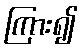
ကြား၍